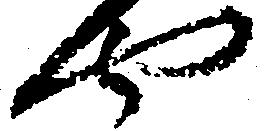
や